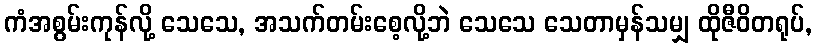
ကံအစွမ်းကုန်လို့ သေသေ, အသက်တမ်းစေ့လို့ဘဲ သေသေ သေတာမှန်သမျှ ထိုဇီဝိတရုပ်,